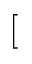
[